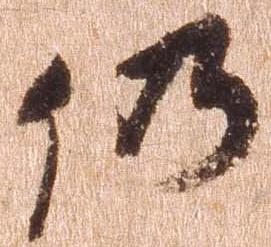
仍